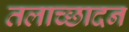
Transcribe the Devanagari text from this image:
तलाच्छादन